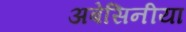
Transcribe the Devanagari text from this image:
अबेसिनीया